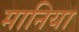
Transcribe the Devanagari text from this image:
मानिया